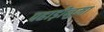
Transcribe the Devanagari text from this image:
पहाड़ीनुमा